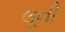
લૂની